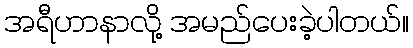
အရီဟာနာလို့ အမည်ပေးခဲ့ပါတယ်။